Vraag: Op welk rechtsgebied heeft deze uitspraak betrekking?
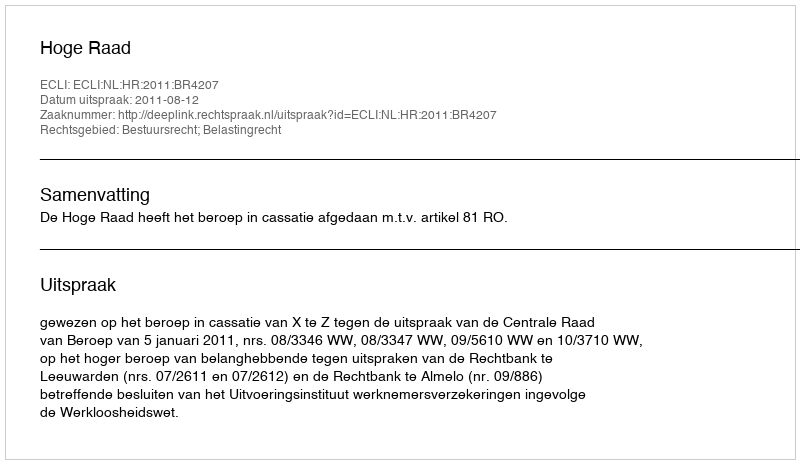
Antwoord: Bestuursrecht; Belastingrecht